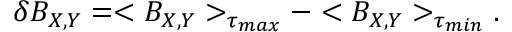
\delta B _ { X , Y } = < B _ { X , Y } > _ { \tau _ { m a x } } - < B _ { X , Y } > _ { \tau _ { m i n } } .